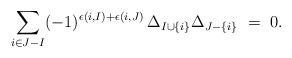
LaTeX: \begin{align*} \sum_{i\in J-I} (-1)^{\epsilon(i,I)+\epsilon(i,J)} \, \Delta_{I\cup\{i\}} \Delta_{J-\{i\}} \ = \ 0.\end{align*}